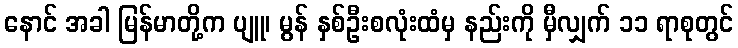
နောင် အခါ မြန်မာတို့က ပျူ၊ မွန် နှစ်ဦးစလုံးထံမှ နည်းကို မှီလျှက် ၁၁ ရာစုတွင်